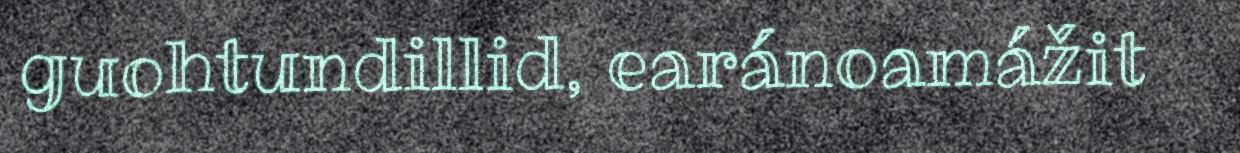
guohtundillid, earánoamážit